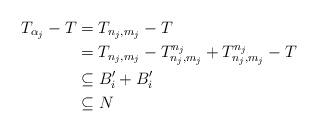
LaTeX: \begin{align*}T_{\alpha_j}-T &=T_{n_j ,m_j} -T \\&=T_{n_j ,m_j} - T_{n_j ,m_j}^{n_j}+T_{n_j ,m_j}^{n_j} -T \\&\subseteq B_i'+B_i' \\&\subseteq N\end{align*}